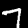
Digit: 7